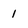
Character: 1